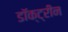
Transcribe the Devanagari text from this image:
डॉक्ट्रीन